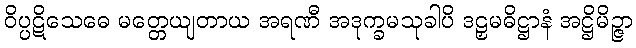
ဝိပ္ပဋိသေဓေ မတ္တေယျတာယ အရဏီ အဒုက္ခမသုခါပိ ဒဠှမဓိဋ္ဌာနံ အဋ္ဌိမိဉ္ဇာ